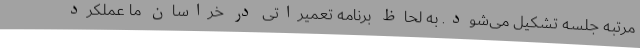
مرتبه جلسه تشکیل می‌شود. به لحاظ برنامه تعمیراتی در خراسان ما عملکرد